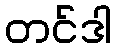
တင်ဒါ